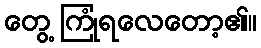
တွေ့ ကြုံရလေတော့၏။